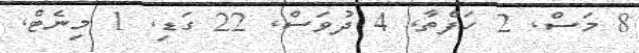
8 މަސް